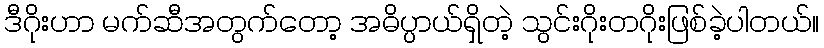
ဒီဂိုးဟာ မက်ဆီအတွက်တော့ အဓိပ္ပာယ်ရှိတဲ့ သွင်းဂိုးတဂိုးဖြစ်ခဲ့ပါတယ်။